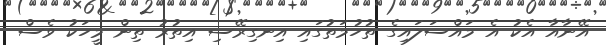
އޭނާއާ އެކު އެ މައްސަލައިގެ ތުހުމަތުގައި އިނގިރޭސި އިތުރު ތިން މީހަކު ވެސް